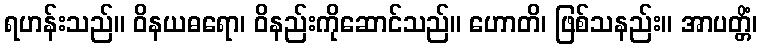
ရဟန်းသည်။ ဝိနယဓရော၊ ဝိနည်းကိုဆောင်သည်။ ဟောတိ၊ ဖြစ်သနည်း။ အာပတ္တိံ၊